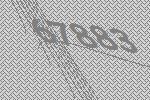
67883